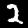
Digit: 2